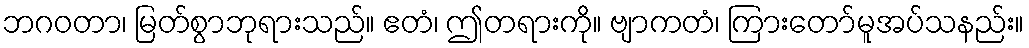
ဘဂဝတာ၊ မြတ်စွာဘုရားသည်။ ဧတံ၊ ဤတရားကို။ ဗျာကတံ၊ ကြားတော်မူအပ်သနည်း။